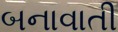
બનાવાતી